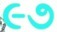
૯૭